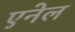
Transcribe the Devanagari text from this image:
एनेल